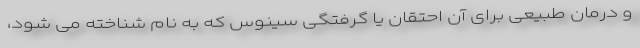
و درمان طبیعی برای آن احتقان یا گرفتگی سینوس که به نام شناخته می شود،